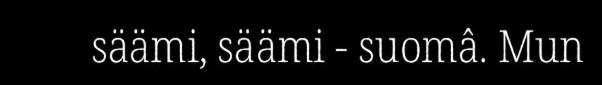
säämi, säämi - suomâ. Mun